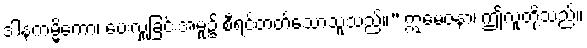
ဒါနကမ္မိကော၊ ပေးလှူခြင်းအမှု၌ စီရင်တတ်သောသူသည်။” ဣမေဇနာ၊ ဤလူတို့သည်။